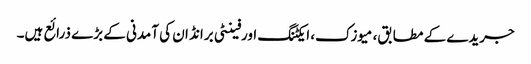
جریدے کے مطابق، میوزک، ایکٹنگ اورفینٹی برانڈ ان کی آمدنی کے بڑے ذرائع ہیں۔